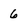
Character: 6